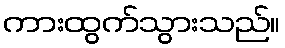
ကားထွက်သွားသည်။